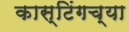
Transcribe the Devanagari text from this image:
कास्टिंगच्या